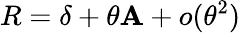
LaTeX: R=\delta+\theta\mathbf{A}+o(\theta^{2})